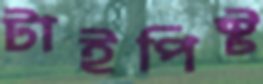
টাইপিস্ট